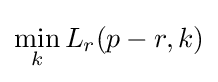
\min _{k}L_{r}(p-r,k)